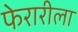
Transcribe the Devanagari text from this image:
फेरारीला